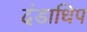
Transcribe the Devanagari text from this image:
दंडाधिप